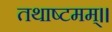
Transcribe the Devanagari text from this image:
तथाष्टमम्।।